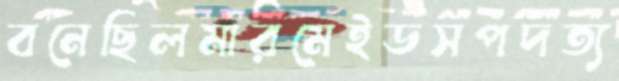
বনেছিলমারমেইডসপদত্য